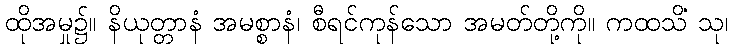
ထိုအမှု၌။ နိယုတ္တာနံ အမစ္စာနံ၊ စီရင်ကုန်သော အမတ်တို့ကို။ ကထသိံ သု၊